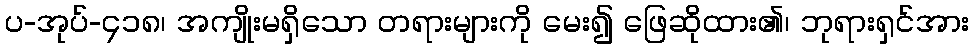
ပ-အုပ်-၄၁၈၊ အကျိုးမရှိသော တရားများကို မေး၍ ဖြေဆိုထား၏၊ ဘုရားရှင်အား